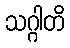
သဂ္ဂါတိ